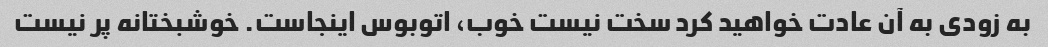
به زودی به آن عادت خواهید کرد سخت نیست خوب، اتوبوس اینجاست. خوشبختانه پر نیست